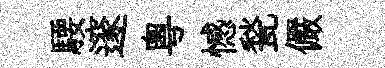
騕邃粵憾甃儼